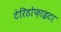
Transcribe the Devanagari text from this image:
टेरिडोफ़ाइटा